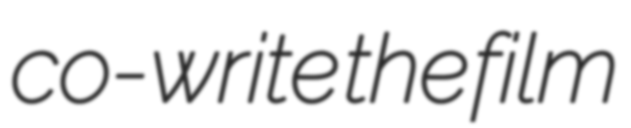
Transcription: co-write the film